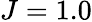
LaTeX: J=1.0